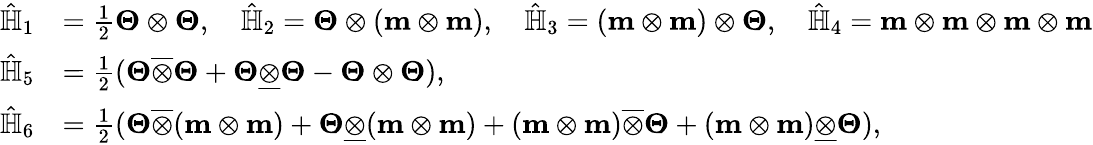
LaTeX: \begin{array}{rl}{\hat{\mathbb{H}}_{1}}&{=\frac{1}{2}\boldsymbol{\Theta}\otimes\boldsymbol{\Theta},\quad\hat{\mathbb{H}}_{2}=\boldsymbol{\Theta}\otimes(\textbf{m}\otimes\textbf{m}),\quad\hat{\mathbb{H}}_{3}=(\textbf{m}\otimes\textbf{m})\otimes\boldsymbol{\Theta},\quad\hat{\mathbb{H}}_{4}=\textbf{m}\otimes\textbf{m}\otimes\textbf{m}\otimes\textbf{m}}\\ {\hat{\mathbb{H}}_{5}}&{=\frac{1}{2}(\boldsymbol{\Theta}\overline{{\otimes}}\boldsymbol{\Theta}+\boldsymbol{\Theta}\underline{{\otimes}}\boldsymbol{\Theta}-\boldsymbol{\Theta}\otimes\boldsymbol{\Theta}),}\\ {\hat{\mathbb{H}}_{6}}&{=\frac{1}{2}(\boldsymbol{\Theta}\overline{{\otimes}}(\textbf{m}\otimes\textbf{m})+\boldsymbol{\Theta}\underline{{\otimes}}(\textbf{m}\otimes\textbf{m})+(\textbf{m}\otimes\textbf{m})\overline{{\otimes}}\boldsymbol{\Theta}+(\textbf{m}\otimes\textbf{m})\underline{{\otimes}}\boldsymbol{\Theta}),}\end{array}